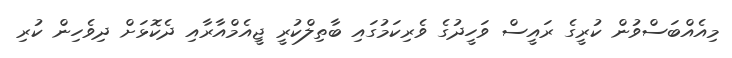
މިއެއްބަސްވުން ކުރީގެ ރައީސް ވަހީދުގެ ވެރިކަމުގައި ބާތިލްކުރީ ޖީއެމްއާރާއި ދެކޮޅަށް ދިވެހިން ކުރި